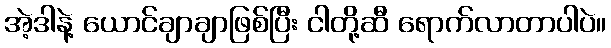
အဲ့ဒါနဲ့ ယောင်ချာချာဖြစ်ပြီး ငါတို့ဆီ ရောက်လာတာပါပဲ။